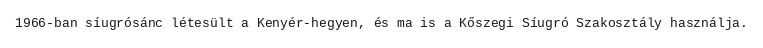
1966-ban síugrósánc létesült a Kenyér-hegyen, és ma is a Kőszegi Síugró Szakosztály használja.